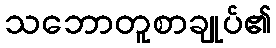
သဘောတူစာချုပ်၏